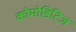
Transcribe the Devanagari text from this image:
कोमोडिटिज